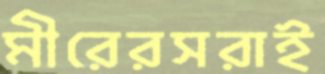
মীরেরসরাই